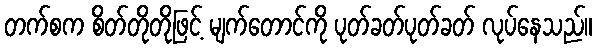
တက်စက စိတ်တိုတိုဖြင့် မျက်တောင်ကို ပုတ်ခတ်ပုတ်ခတ် လုပ်နေသည်။